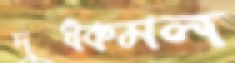
দুধকমল